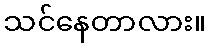
သင်နေတာလား။